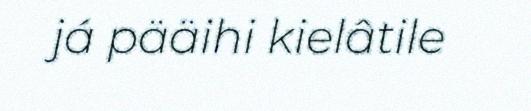
já pääihi kielâtile